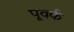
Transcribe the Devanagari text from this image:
पूवर्क